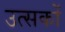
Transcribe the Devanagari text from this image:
उत्सकों